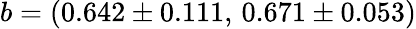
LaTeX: b=(0.642\pm 0.111,\, 0.671\pm 0.053)